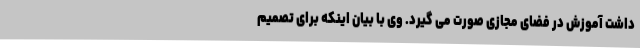
داشت آموزش در فضای مجازی صورت می گیرد. وی با بیان اینکه برای تصمیم